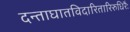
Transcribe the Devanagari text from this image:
दन्ताघातविदारितारिरुधिरैः